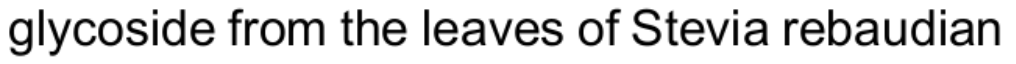
glycoside from the leaves of Stevia rebaudian